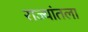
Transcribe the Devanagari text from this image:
राज्यांतला